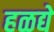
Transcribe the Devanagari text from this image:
हळद्ये